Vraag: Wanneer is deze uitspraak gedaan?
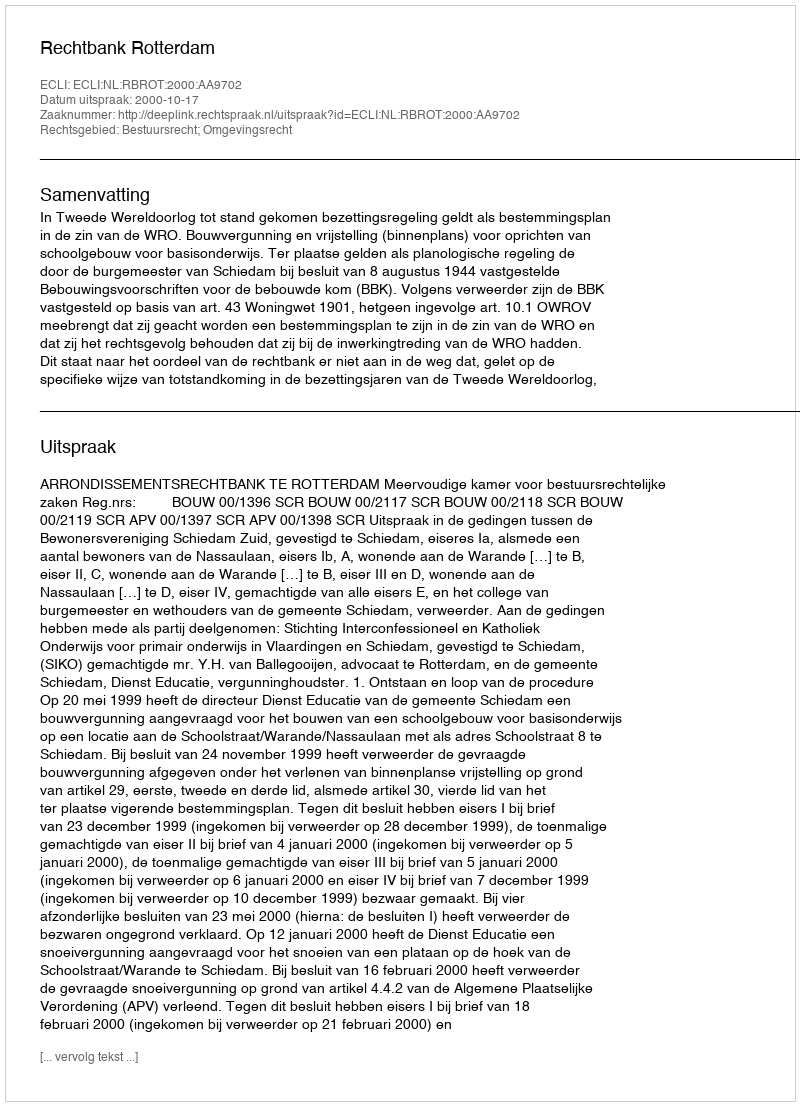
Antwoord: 2000-10-17